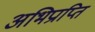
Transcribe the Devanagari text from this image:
अभिप्राप्ति